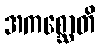
အကစ္ဆောတိ